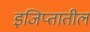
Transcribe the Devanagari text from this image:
इजिप्तातील